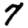
Digit: 7